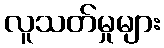
လူသတ်မှုများ